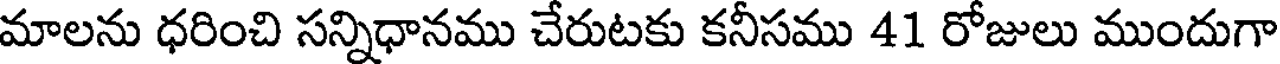
మాలను ధరించి సన్నిధానము చేరుటకు కనీసము 41 రోజులు ముందుగా